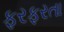
ફરફરતા